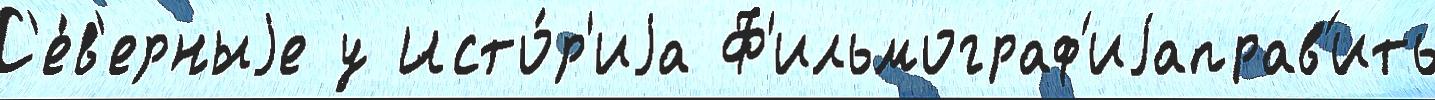
С'е́в'ерныjе у Исто́р'иjа Ф'ильмограф'иjаправ'ить